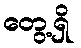
တွေ့ရှိ